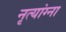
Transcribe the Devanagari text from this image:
नृत्यांग्ना